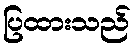
ပြထားသည်